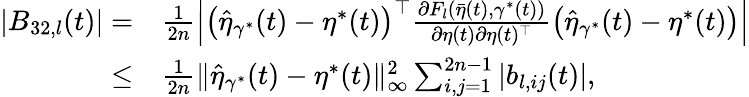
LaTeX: \begin{array}{rl}{|B_{32,l}(t)|=}&{\frac{1}{2n}\Big|\big(\widehat{\eta}_{\gamma^{*}}(t)-\eta^{*}(t)\big)^{\top}\frac{\partial F_{l}(\bar{\eta}(t),\gamma^{*}(t))}{\partial\eta(t)\partial\eta(t)^{\top}}\big(\widehat{\eta}_{\gamma^{*}}(t)-\eta^{*}(t)\big)\Big|}\\ {\le}&{\frac{1}{2n}\| \widehat{\eta}_{\gamma^{*}}(t)-\eta^{*}(t)\| _{\infty}^{2}\sum_{i,j=1}^{2n-1}|b_{l,ij}(t)|,}\end{array}